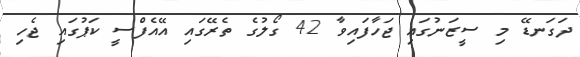
ދަގަނޑޭ މި ސީޒަނުގައި ޖަހާފައިވާ 42 ގޯލުގެ ތެރޭގައި އޭއެފްސީ ކަޕުގައި ޖެހި